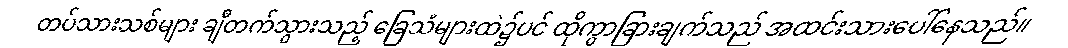
တပ်သားသစ်များ ချီတက်သွားသည့် ခြေသံများထဲ၌ပင် ထိုကွာခြားချက်သည် အထင်းသားပေါ်နေသည်။